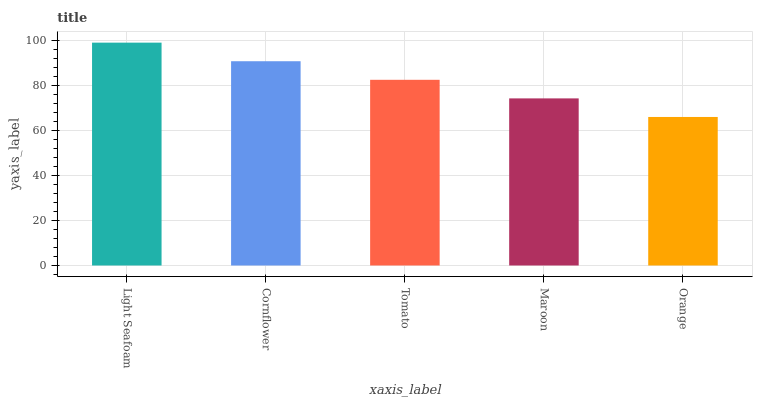
| xaxis_label | bars |
 | --- | --- |
 | Light Seafoam | 99 |
 | Cornflower | 90.7 |
 | Tomato | 82.5 |
 | Maroon | 74.2 |
 | Orange | 66 |